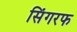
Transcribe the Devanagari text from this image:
सिंगरफ